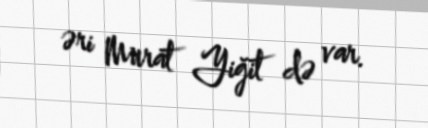
əri Murat Yiğit də var.